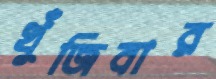
খুঁজিবার